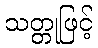
သတ္တုဖြင့်